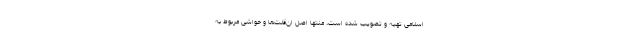
اسلامی تهیه و تصویب شده است، منتها اصل ان‌قلت‌ها و حواشی مربوط به